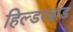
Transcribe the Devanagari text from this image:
हिल्डरब्रांड